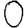
Digit: 0